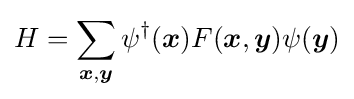
H=\sum _{{\boldsymbol {x}},{\boldsymbol {y}}}\psi ^{\dagger }({\boldsymbol {x}})F({\boldsymbol {x}},{\boldsymbol {y}})\psi ({\boldsymbol {y}})